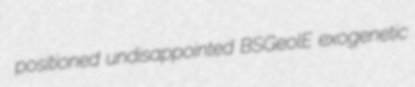
positioned undisappointed BSGeolE exogenetic